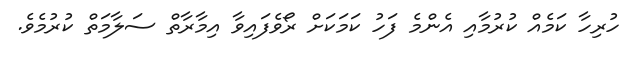
ހުރިހާ ކަމެއް ކުރުމާއި އެންމެ ފަހު ކަމަކަށް ރޯވެފައިވާ އިމާރާތް ސަލާމަތް ކުރުމެވެ.